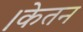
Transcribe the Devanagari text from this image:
।केतन